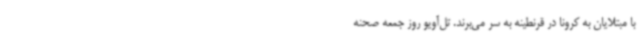
با مبتلایان به کرونا در قرنطینه به سر می‌برند. تل‌آویو روز جمعه صحنه